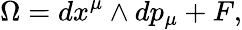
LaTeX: \Omega=dx^{\mu}\wedge dp_{\mu}+F,